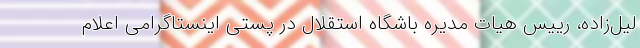
لیل‌زاده، رییس هیات مدیره باشگاه استقلال در پستی اینستاگرامی اعلام